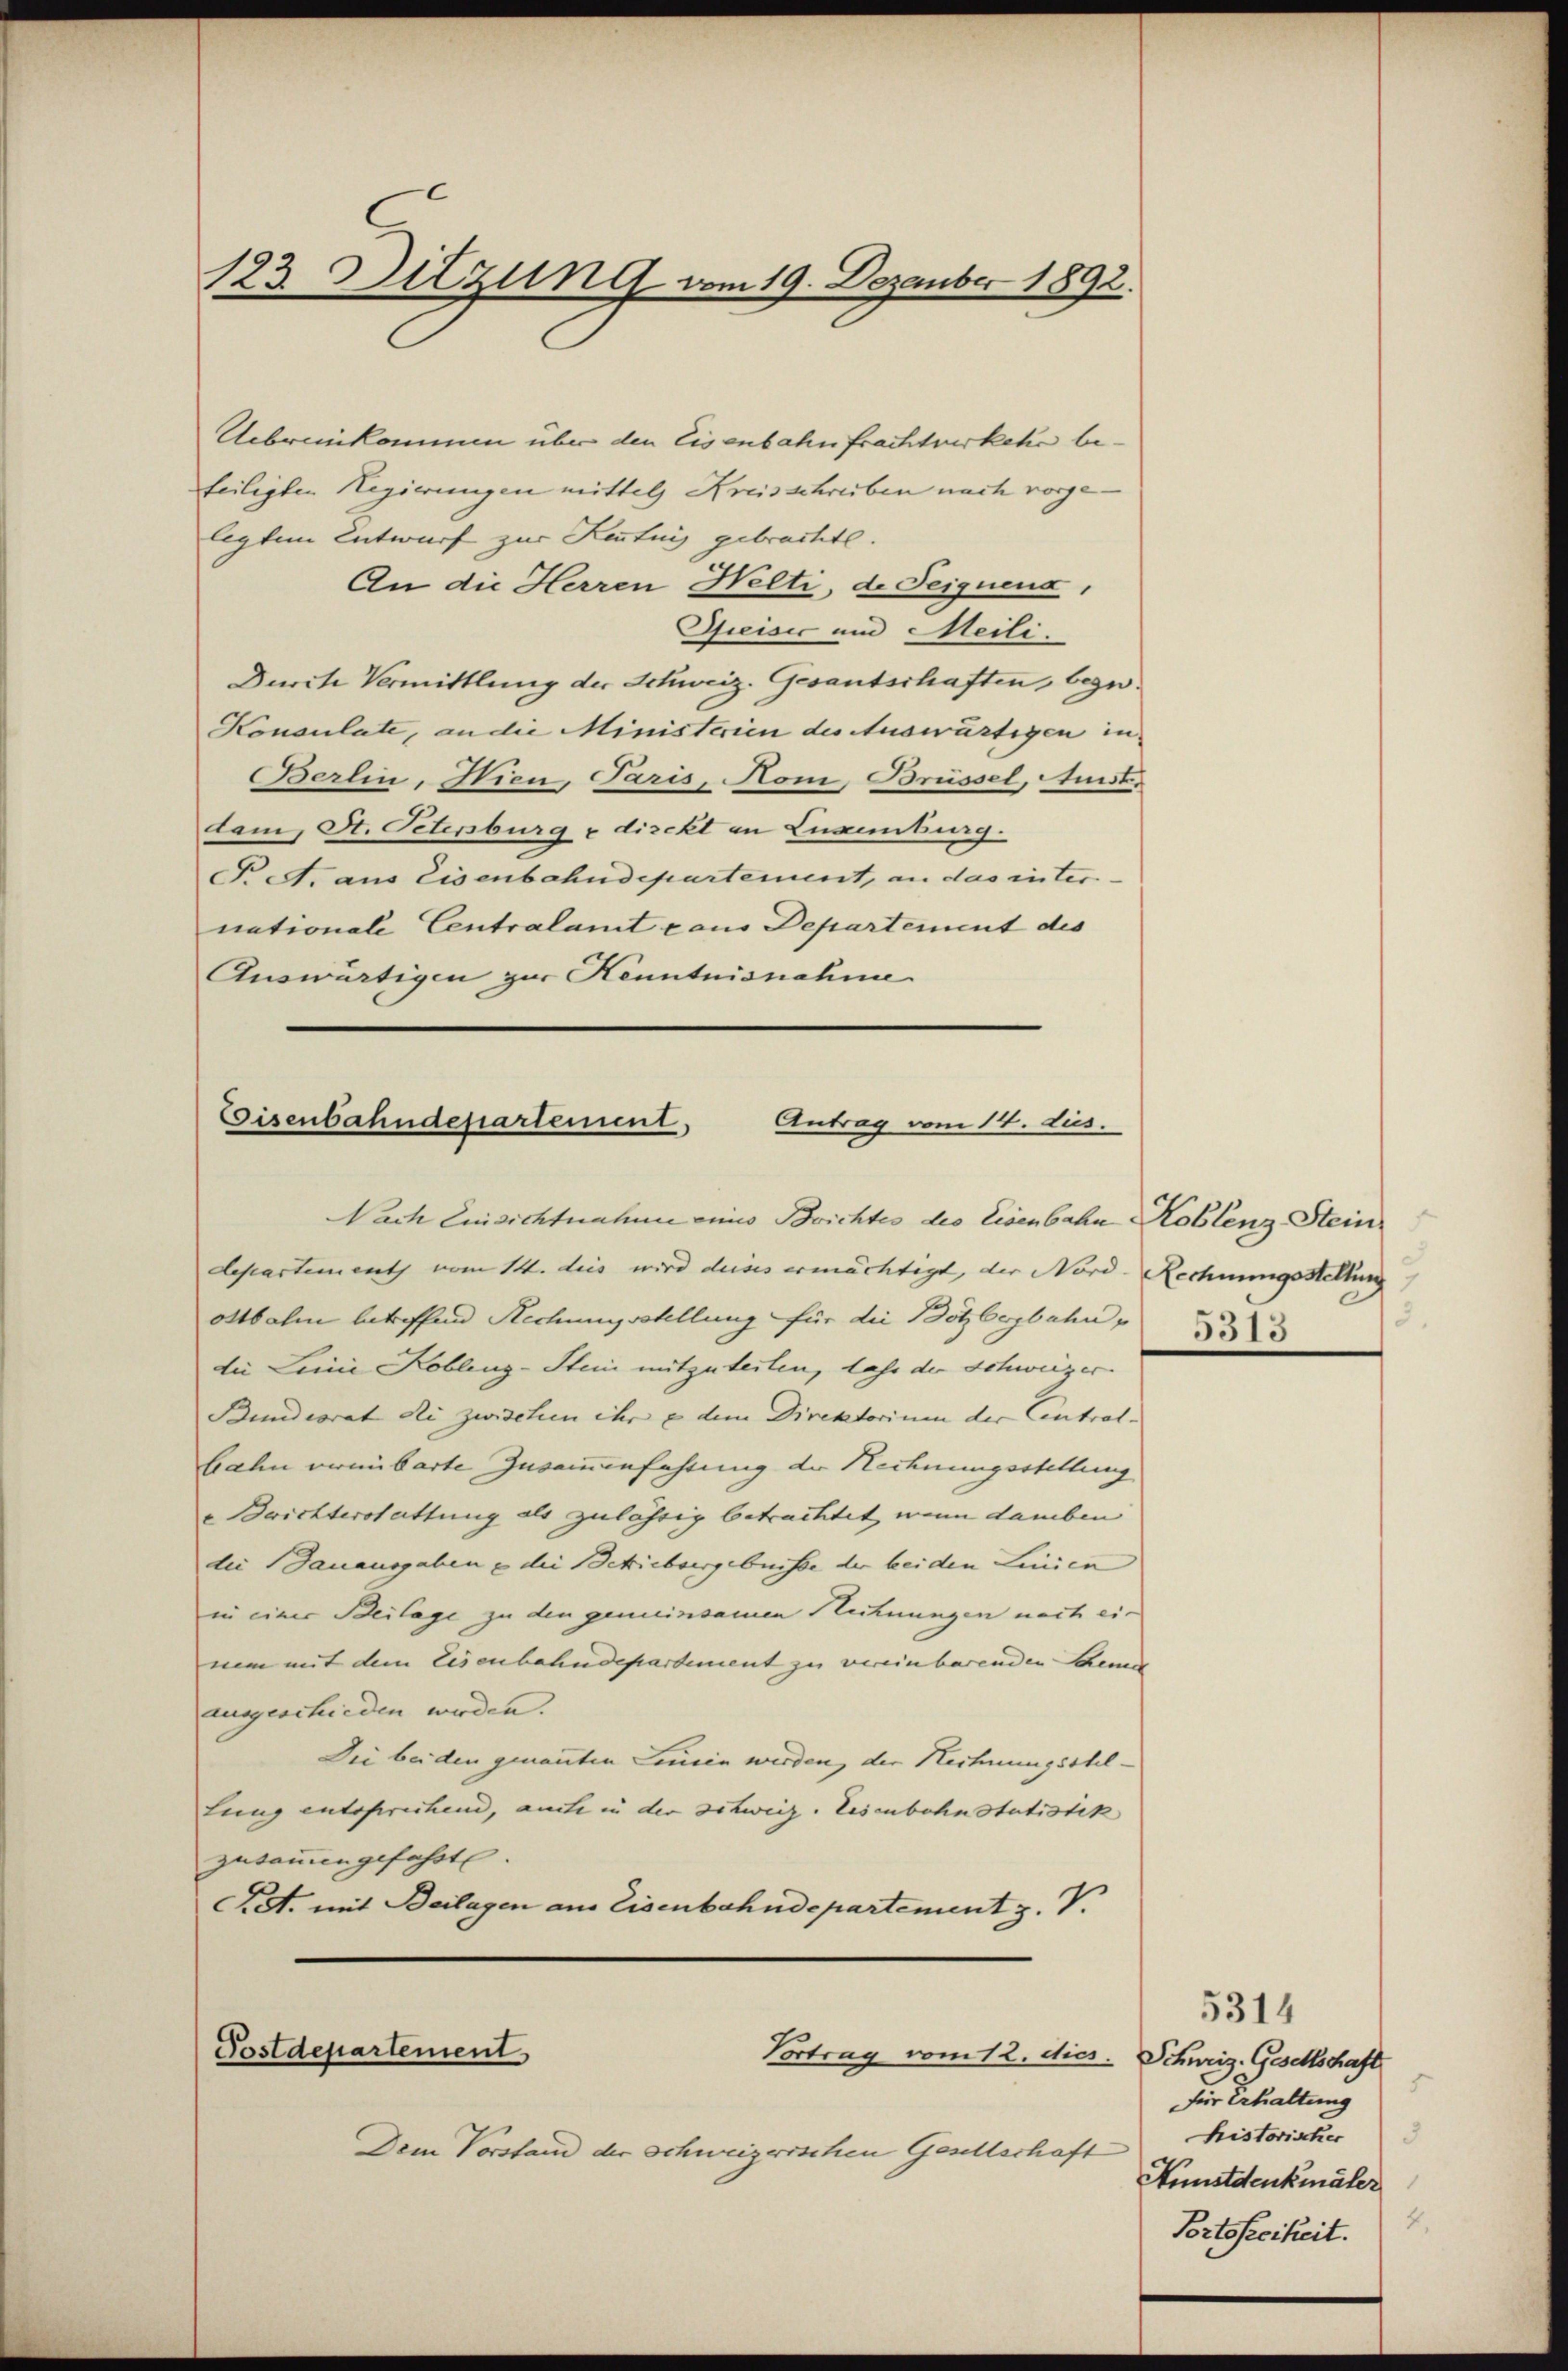
123. Sitzung vom 19. Dezember 1892.

Uebrinkommen über den Eisenbahn frachtwerkehr befeiligten Regierungen mittels Kreisschreiben nach vorgelegten Entwurf zur Keutung gebrachte.
An die Herren Welti, de Seignend,
Osreisić und Meili
Durch Vermittlung der Schweiz. Gesantschaften, begu¬
Konsulate, an die Ministerien der Auswärtigen in
Berlin, Hien, Paris, Honi, Brüssel, Aust
dam, St. Petersburg u direkt an Luxenburg.
F. A. aus Eisenbahndepartement, an das internationale Centralamt aus Departement des
Auswärtigen zur Kenntnisnahme

Eisenbahndepartement,
Antrag vom 14. Jus

Postdepartement
Vortrag vom 12. dies.

Nach Einsichtnahme eines Brichtes des Eisenbahn Koblenz-Stein
departements vom 14. dies wird dieses ermächtigt, der Nord-Rechnungsstellung
ottbalm betreffend Rechungsstellung für die Bötzbergbahn-
die Leine Kobling-Stein mitzuteilen, dass der Schweizer
Bundiorat die zwischen ihre dem Direktorium der Central- |
bahn vermibarte Zusammenfahrung der Rechnungsstellung
 Berichterstattung als zulässig betrachtet wenn damben
die Bauausgaben u die Betriebsergebnisse der beiden Linien
in einer Beilage zu den gemeinsamen Rechnungen nach ein
nem mit dem Eisenbahndepartement zu vereinbarenden Schein
ausgeschieden werden.
Die bei den genannten Linien werden, der Rechnungsohllung entsprechend, auche in der Schweiz. Eisenbahnstatistik
zusammengefahrt.
Cet. mit Beilagen aus Eisenbahndepartement z. V.

Dem Vorstand der Schweizerischen Gesellschaft

d.
3515

5314
Schweiz. Gesellschaft
für Erhaltung
historischer
Kunstdenkmäler
Portsfeikeit.